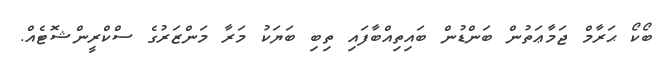
ބޯކޯ ޙަރާމް ޖަމާޢަތުން ބަންޑުން ބައިތިއްބާފައި ތިބި ބަޔަކު މަރާ މަންޒަރުގެ ސްކްރީންޝޮޓެއް.